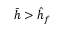
\bar { h } > \hat { h } _ { f }